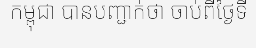
កម្ពុជា បានបញ្ជាក់ថា ចាប់ពីថ្ងៃទី